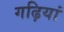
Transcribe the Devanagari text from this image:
गढ़ियां